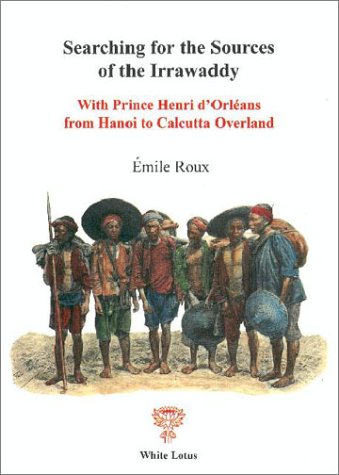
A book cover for Searching for the Sources of the Irrawaddy.  With Prince Henri d'Orleans from Hanoi to Calcutta Overland (First English Translations); E. Roux; Travel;